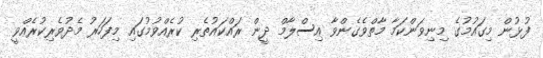
ފުޅުން މިގައުމުގެ މިނިވަންކަމާ މާތްވެގެންވާ އިސްލާމް ދީން ރައްކައުތެރި ކުރެއްވުމުގައި މިފަހަރު މެދުވެރިކުރެއްވީ